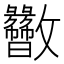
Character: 𫿬